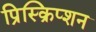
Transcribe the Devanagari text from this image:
प्रिस्क्रिप्शन